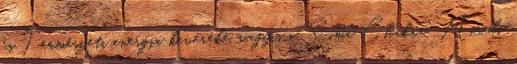
és Természeti energia keveréke, vagyis a Sima Chakra Mirubi